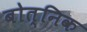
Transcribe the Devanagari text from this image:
बोत्निक